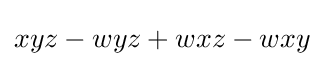
xyz-wyz+wxz-wxy